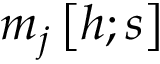
m _ { j } \left[ h ; s \right]